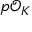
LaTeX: p { \mathcal { O } } _ { K }